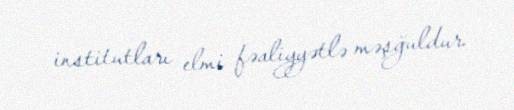
institutları elmi fəaliyyətlə məşğuldur.